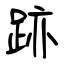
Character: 跡